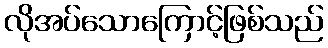
လိုအပ်သောကြောင့်ဖြစ်သည်